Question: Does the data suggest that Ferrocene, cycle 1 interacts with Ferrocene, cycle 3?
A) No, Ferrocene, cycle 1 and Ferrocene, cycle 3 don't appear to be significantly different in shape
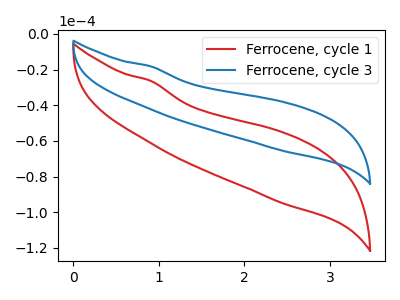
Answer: <think>The red curve "Ferrocene, cycle 1" has no peaks. The blue curve "Ferrocene, cycle 3" has no peaks.
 Neither "Ferrocene, cycle 1" or "Ferrocene, cycle 3" have any peaks.</think>
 <answer>A) No, "Ferrocene, cycle 1" and "Ferrocene, cycle 3" don't appear to be significantly different in shape</answer>
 <eval>A</eval>